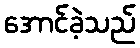
အောင်ခဲ့သည်